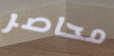
محاصر